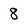
Character: 8